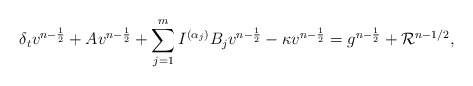
\begin{align*} \delta_tv^{n-\frac{1}{2}} + Av^{n-\frac{1}{2}} &+ \sum\limits_{j=1}^m I^{(\alpha_j)} B_jv^{n-\frac{1}{2}} - \kappa v^{n-\frac{1}{2}} = g^{n-\frac{1}{2}} + \mathcal{R}^{n-1/2}, \end{align*}